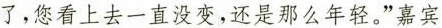
了，您看上去一直没变，还是那么年轻。”嘉宾